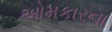
ઓમકારના